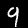
Label: 9